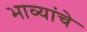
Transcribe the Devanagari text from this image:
भाव्यांचे